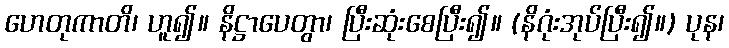
ဟေတုကာတိ၊ ဟူ၍။ နိဋ္ဌာပေတွာ၊ ပြီးဆုံးစေပြီး၍။ (နိဂုံးအုပ်ပြီး၍။) ပုန၊